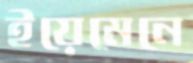
ইয়েমেনে